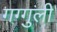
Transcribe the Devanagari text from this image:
गग्गुली